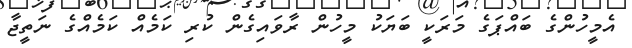
އެމީހުންގެ ބައްޕަގެ މަރަކީ ބަޔަކު މީހުން ރާވައިގެން ކުރި ކަމެއް ކަމެއްގެ ނަތީޖާ